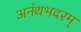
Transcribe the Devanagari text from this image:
अनंथभदरम्